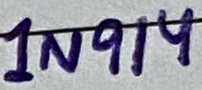
Text: 1N914